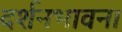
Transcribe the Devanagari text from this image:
दर्शनभावना